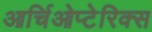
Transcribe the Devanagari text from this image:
आर्चिओप्टेरिक्स